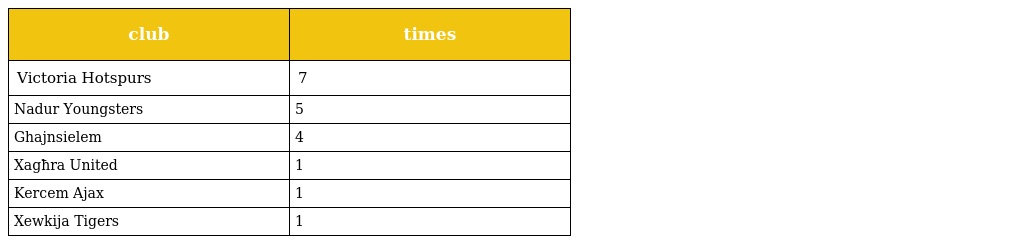
| club | times |
 | --- | --- |
 | Victoria Hotspurs | 7 |
 | Nadur Youngsters | 5 |
 | Ghajnsielem | 4 |
 | Xagħra United | 1 |
 | Kercem Ajax | 1 |
 | Xewkija Tigers | 1 |